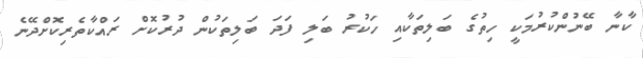
ކާނާ ބޭނުންކުރުމަކީ ހިތުގެ ބަލިތަކާއި ހަކުރު ބަލި ފަދަ ބަލިތަކުން ދުރުކޮށް ރައްކާތެރިކޮށްދޭނެ